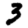
Digit: 3